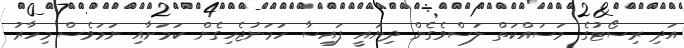
އަދި ރިސޯޓުގެ މަސައްކަތް ލަސްވެގެން ދިޔައީ ފައިސާ ހަމަނުޖެހިގެން ކަމަށާއި ނަމަވެސް މިހާރު